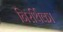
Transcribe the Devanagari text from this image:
निरर्थिका